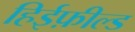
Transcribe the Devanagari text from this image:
हिईफ़ील्ड